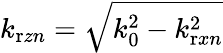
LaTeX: k_{\mathrm{r}zn}=\sqrt{k_{\mathrm{0}}^{2}-k_{\mathrm{r}xn}^{2}}